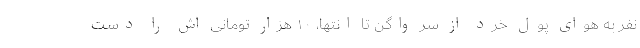
نفر به هوای پول خرد از سر واگن تا انتها، ۱۰ هزار تومانی اش را دست